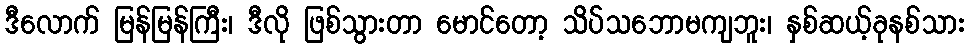
ဒီလောက် မြန်မြန်ကြီး၊ ဒီလို ဖြစ်သွားတာ မောင်တော့ သိပ်သဘောမကျဘူး၊ နှစ်ဆယ့်ခုနစ်သား